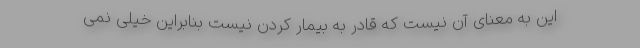
این به معنای آن نیست که قادر به بیمار کردن نیست بنابراین خیلی نمی